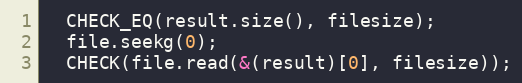
Language: C++
  CHECK_EQ(result.size(), filesize);
  file.seekg(0);
  CHECK(file.read(&(result)[0], filesize));